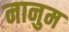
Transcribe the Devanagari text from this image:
नानुम